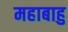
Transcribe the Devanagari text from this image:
महाबाहु